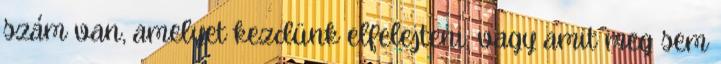
szám van, amelyet kezdünk elfelejteni, vagy amit meg sem